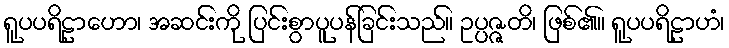
ရူပပရိဠာဟော၊ အဆင်းကို ပြင်းစွာပူပန်ခြင်းသည်။ ဥပ္ပဇ္ဇတိ၊ ဖြစ်၏။ ရူပပရိဠာဟံ၊